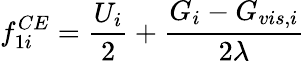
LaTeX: f_{1i}^{CE}=\frac{U_{i}}{2}+\frac{G_{i}-G_{vis,i}}{2\lambda}